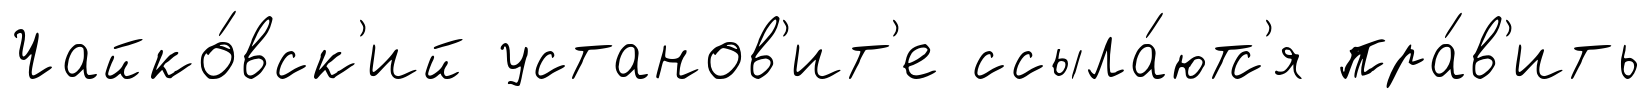
Чайко́вск'ий установ'ит'е ссыла́ютс'я пра́в'ить